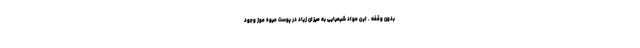
بدون وقفه . این مواد شیمیایی به میزان زیاد در پوست میوه موز وجود